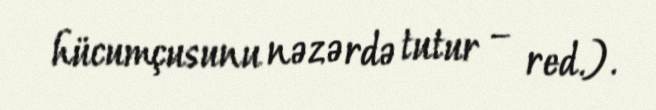
hücumçusunu nəzərdə tutur – red.).